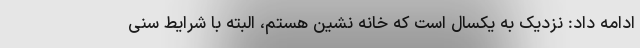
ادامه داد: نزدیک به یکسال است که خانه نشین هستم، البته با شرایط سنی